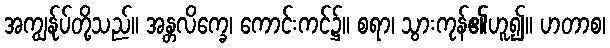
အကျွန်ုပ်တို့သည်။ အန္တလိက္ခေ၊ ကောင်းကင်၌။ စရာ၊ သွားကုန်၏ဟူ၍။ ဟတာစ၊